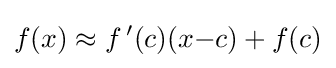
f(x)\approx f\,'(c)(x{-}c)+f(c)